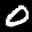
Label: 0